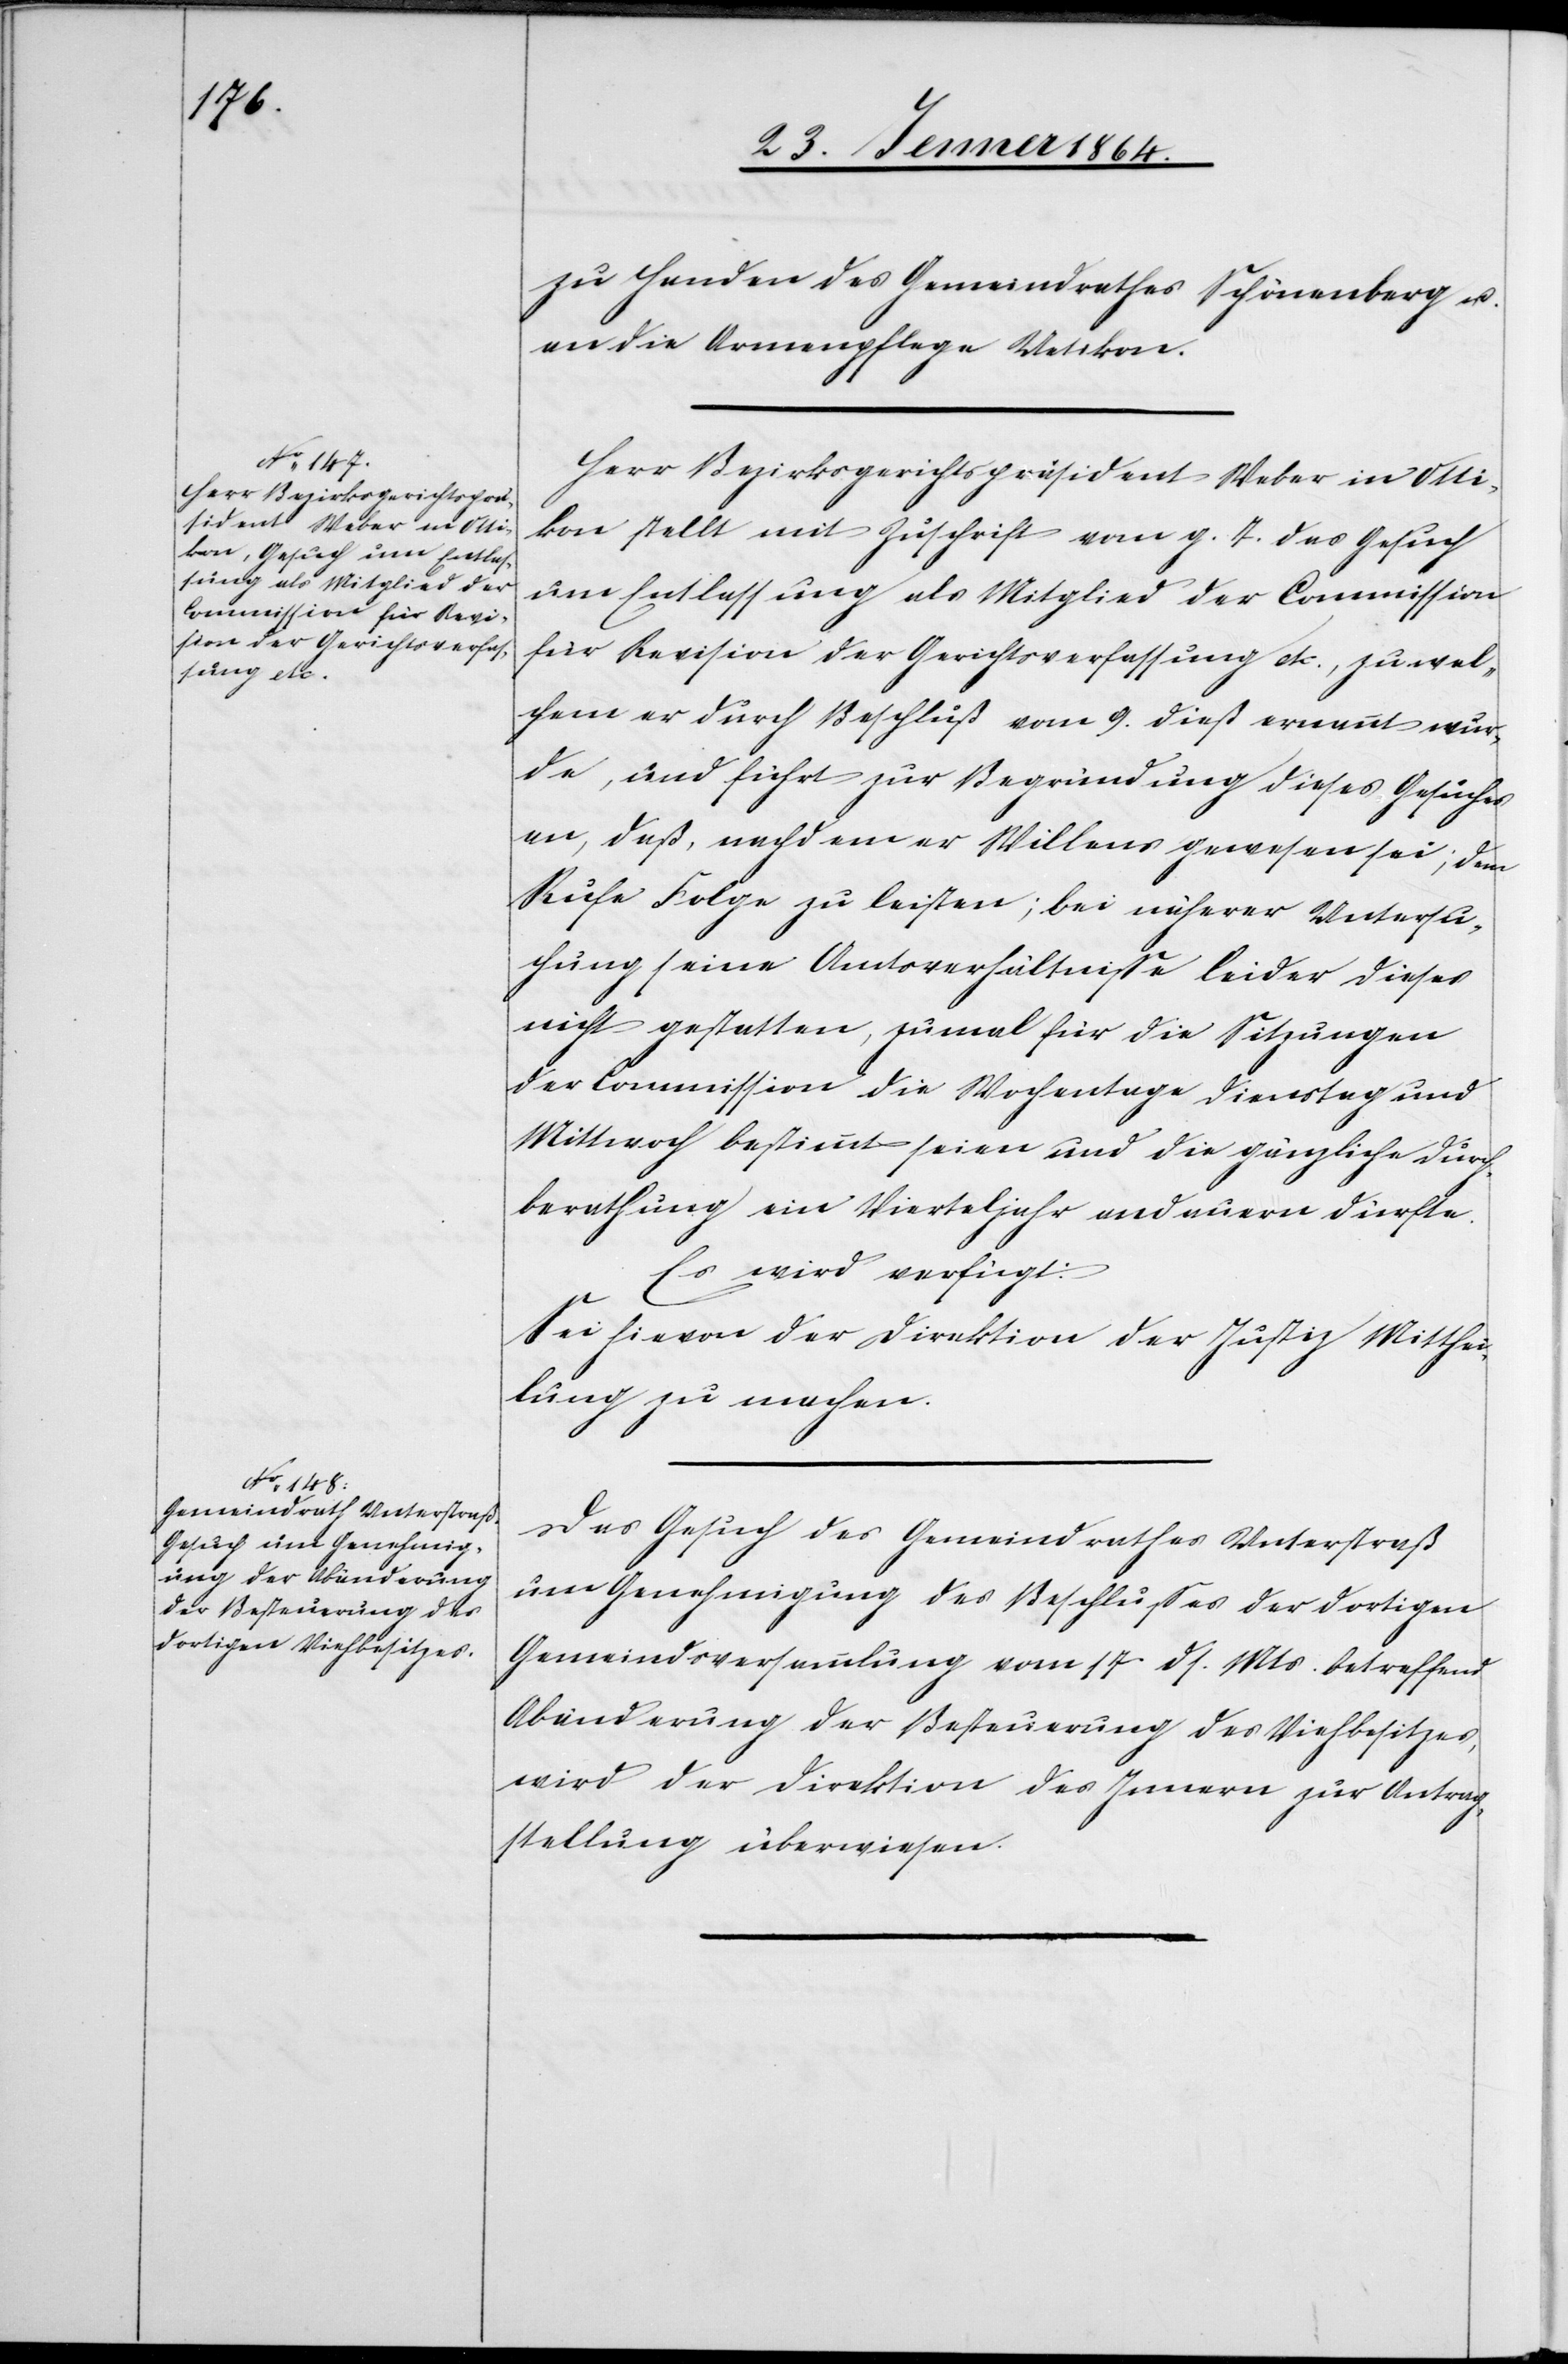
28. Jenner 1864.]
zu Handen des Gemeindrathes Schönenberg u.
an die Armenpflege Uetikon.
Herr Bezirksgerichtspräsident Weber in Otti¬
kon stellt mit Zuschrift vom g. T. das Gesuch
um Entlassung als Mitglied der Commission
für Revision der Gerichtsverfassung etc., zu wel¬
chem er durch Beschluß vom 9. dieß ernannt wur¬
de, und führt zur Begründung dieses Gesuches
an, daß, nachdem er Willens gewesen sei, dem
Rufe Folge zu leisten; bei näherer Untersu¬
chung seine Amtsverhältnisse leider dieses
nicht gestatten, zumal für die Sitzungen
der Commission die Wochentage Dienstag und
Mittwoch bestimmt seien und die gänzliche Durch¬
berathung ein Vierteljahr andauern dürfte.
Es wird verfügt:
Sei hievon der Direktion der Justiz Mitthei¬
lung zu machen.
Das Gesuch des Gemeindrathes Unterstraß
um Genehmigung des Beschlusses der dortigen
Gemeindsversammlung vom 17. ds. Mts. betreffend
Abänderung der Besteuerung des Viehbesitzes,
wird der Direktion des Innern zur Antrag¬
stellung überwiesen.